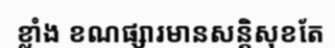
ខ្លាំង ខណផ្សារមានសន្តិសុខតែ